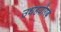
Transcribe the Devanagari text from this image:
उधहयोगब